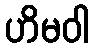
ဟိမဝါ